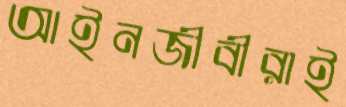
আইনজীবীরাই